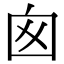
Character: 囪